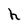
Character: h